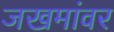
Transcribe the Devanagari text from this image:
जखमांवर